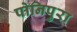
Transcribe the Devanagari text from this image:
पोनिपुरा